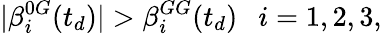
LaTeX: |\beta_{i}^{0G}(t_{d})|>\beta_{i}^{GG}(t_{d})\ \ \ i=1,2,3,